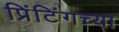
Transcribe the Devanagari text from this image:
प्रिंटिंगच्या